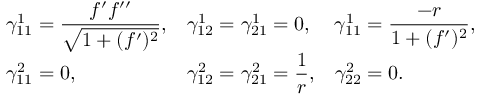
\begin{array} { l l l } { \gamma _ { 1 1 } ^ { 1 } = \displaystyle \frac { f ^ { \prime } f ^ { \prime \prime } } { \sqrt { 1 + ( f ^ { \prime } ) ^ { 2 } } } , } & { \gamma _ { 1 2 } ^ { 1 } = \gamma _ { 2 1 } ^ { 1 } = 0 , } & { \gamma _ { 1 1 } ^ { 1 } = \displaystyle \frac { - r } { 1 + ( f ^ { \prime } ) ^ { 2 } } , } \\ { \gamma _ { 1 1 } ^ { 2 } = 0 , } & { \gamma _ { 1 2 } ^ { 2 } = \gamma _ { 2 1 } ^ { 2 } = \displaystyle \frac { 1 } { r } , } & { \gamma _ { 2 2 } ^ { 2 } = 0 . } \end{array}